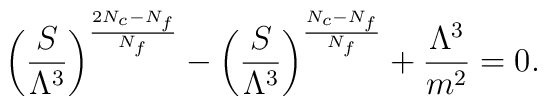
\biggl( \frac{S}{\Lambda^3} \biggr)^{\frac{2N_c-N_f}{N_f}}-\biggl( \frac{S}{\Lambda^3} \biggr)^{\frac{N_c-N_f}{N_f}}+\frac{\Lambda^3}{m^2} = 0.